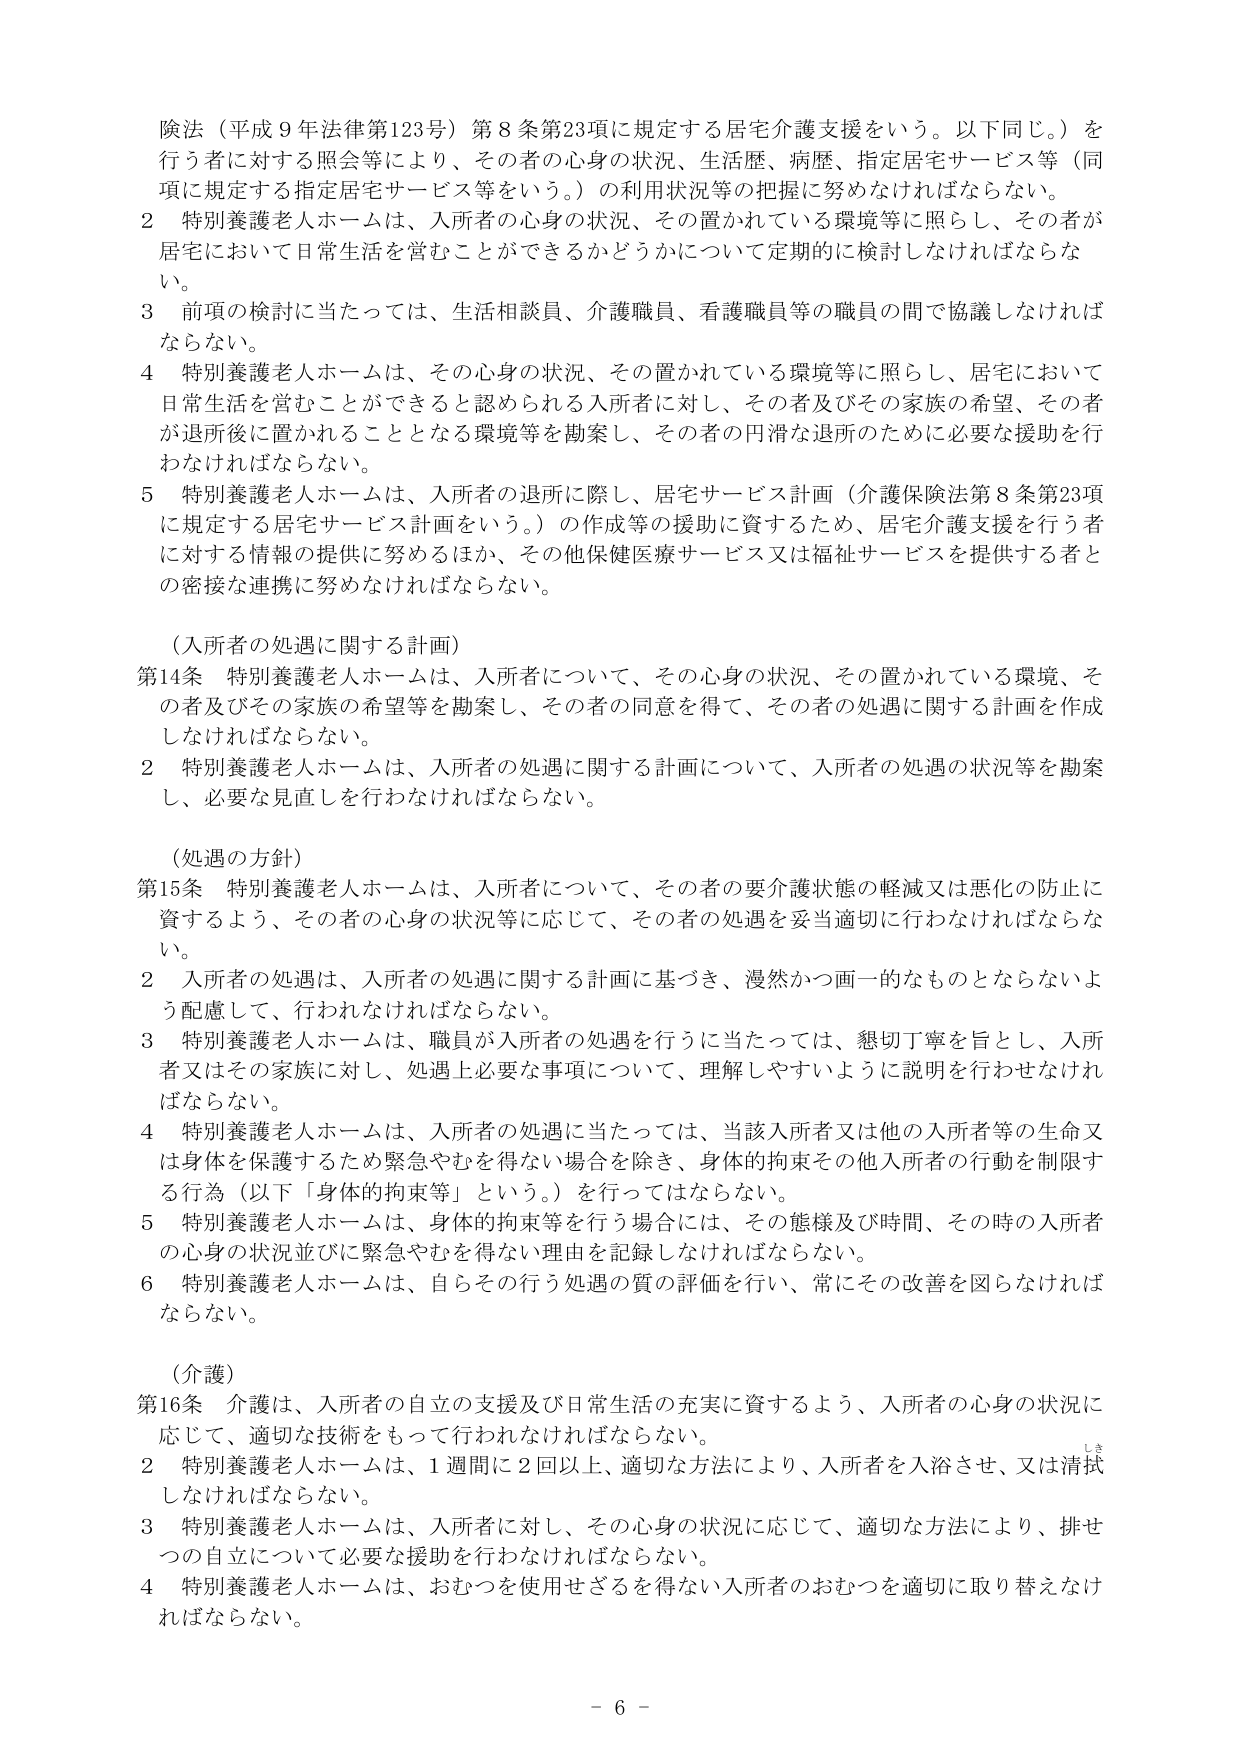
険法（平成９年法律第123号）第８条第23項に規定する居宅介護支援をいう。以下同じ。）を
行う者に対する照会等により、その者の心身の状況、生活歴、病歴、指定居宅サービス等（同
項に規定する指定居宅サービス等をいう。）の利用状況等の把握に努めなければならない。
２ 特別養護老人ホームは、入所者の心身の状況、その置かれている環境等に照らし、その者が
居宅において日常生活を営むことができるかどうかについて定期的に検討しなければならな
い。
３ 前項の検討に当たっては、生活相談員、介護職員、看護職員等の職員の間で協議しなければ
ならない。
４ 特別養護老人ホームは、その心身の状況、その置かれている環境等に照らし、居宅において
日常生活を営むことができると認められる入所者に対し、その者及びその家族の希望、その者
が退所後に置かれることとなる環境等を勘案し、その者の円滑な退所のために必要な援助を行
わなければならない。
５ 特別養護老人ホームは、入所者の退所に際し、居宅サービス計画（介護保険法第８条第23項
に規定する居宅サービス計画をいう。）の作成等の援助に資するため、居宅介護支援を行う者
に対する情報の提供に努めるほか、その他保健医療サービス又は福祉サービスを提供する者と
の密接な連携に努めなければならない。

（入所者の処遇に関する計画）
第14条 特別養護老人ホームは、入所者について、その心身の状況、その置かれている環境、そ
の者及びその家族の希望等を勘案し、その者の同意を得て、その者の処遇に関する計画を作成
しなければならない。
２ 特別養護老人ホームは、入所者の処遇に関する計画について、入所者の処遇の状況等を勘案
し、必要な見直しを行わなければならない。

（処遇の方針）
第15条 特別養護老人ホームは、入所者について、その者の要介護状態の軽減又は悪化の防止に
資するよう、その者の心身の状況等に応じて、その者の処遇を妥当適切に行わなければならな
い。
２ 入所者の処遇は、入所者の処遇に関する計画に基づき、漫然かつ画一的なものとならないよ
う配慮して、行われなければならない。
３ 特別養護老人ホームは、職員が入所者の処遇を行うに当たっては、懇切丁寧を旨とし、入所
者又はその家族に対し、処遇上必要な事項について、理解しやすいように説明を行わせなけれ
ばならない。
４ 特別養護老人ホームは、入所者の処遇に当たっては、当該入所者又は他の入所者等の生命又
は身体を保護するため緊急やむを得ない場合を除き、身体的拘束その他入所者の行動を制限す
る行為（以下「身体的拘束等」という。）を行ってはならない。
５ 特別養護老人ホームは、身体的拘束等を行う場合には、その態様及び時間、その時の入所者
の心身の状況並びに緊急やむを得ない理由を記録しなければならない。
６ 特別養護老人ホームは、自らその行う処遇の質の評価を行い、常にその改善を図らなければ
ならない。

（介護）
第16条 介護は、入所者の自立の支援及び日常生活の充実に資するよう、入所者の心身の状況に
応じて、適切な技術をもって行われなければならない。
２ 特別養護老人ホームは、１週間に２回以上、適切な方法により、入所者を入浴させ、又は清拭
しなければならない。
３ 特別養護老人ホームは、入所者に対し、その心身の状況に応じて、適切な方法により、排せ
つの自立について必要な援助を行わなければならない。
４ 特別養護老人ホームは、おむつを使用せざるを得ない入所者のおむつを適切に取り替えなけ
ればならない。

- 6 -